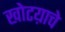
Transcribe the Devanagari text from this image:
खोटय़ाचे